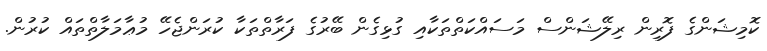
ކޮމިޝަންގެ ފޮރިން ރިލޭޝަންސް މަސައްކަތްތަކާއި ގުޅިގެން ބޭރުގެ ފަރާތްތަކާ ކުރަންޖެހޭ މުޢާމަލާތްތައް ކުރުން.